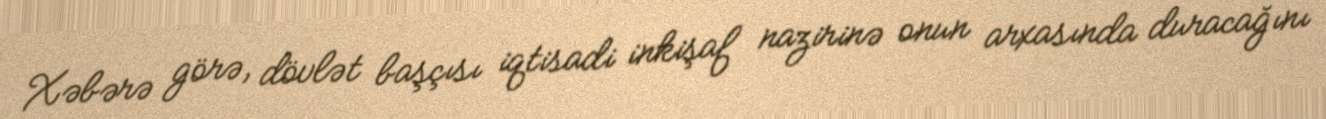
Xəbərə görə, dövlət başçısı iqtisadi inkişaf nazirinə onun arxasında duracağını